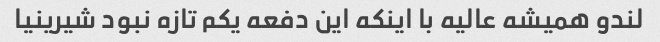
لندو همیشه عالیه با اینکه این دفعه یکم تازه نبود شیرینیا